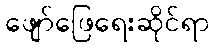
ဖျော်ဖြေရေးဆိုင်ရာ